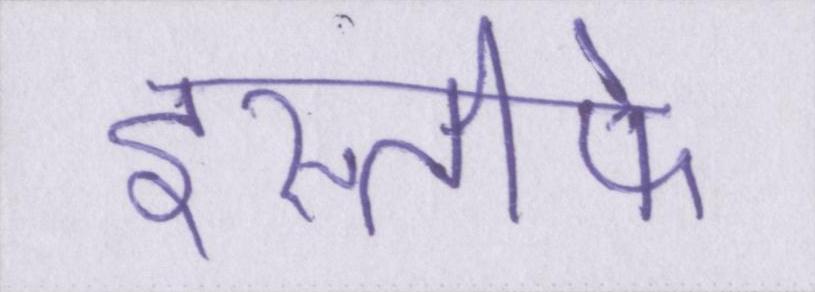
इस्तीफे